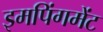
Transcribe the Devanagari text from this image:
इमपिंगमेंट